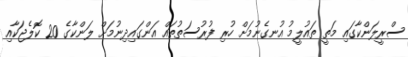
ސްރީލަންކާގައި މަތީ ތައުލީމު އުނގެނުމަށް ހުރި ފުރުސަތުތައް އަންގައިދިނުމަށް ލަންކާގެ 20 ކޮލެޖަކާއި